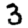
Digit: 3